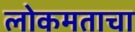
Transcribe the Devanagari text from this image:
लोकमताचा